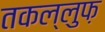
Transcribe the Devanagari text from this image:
तकल्लुफ़